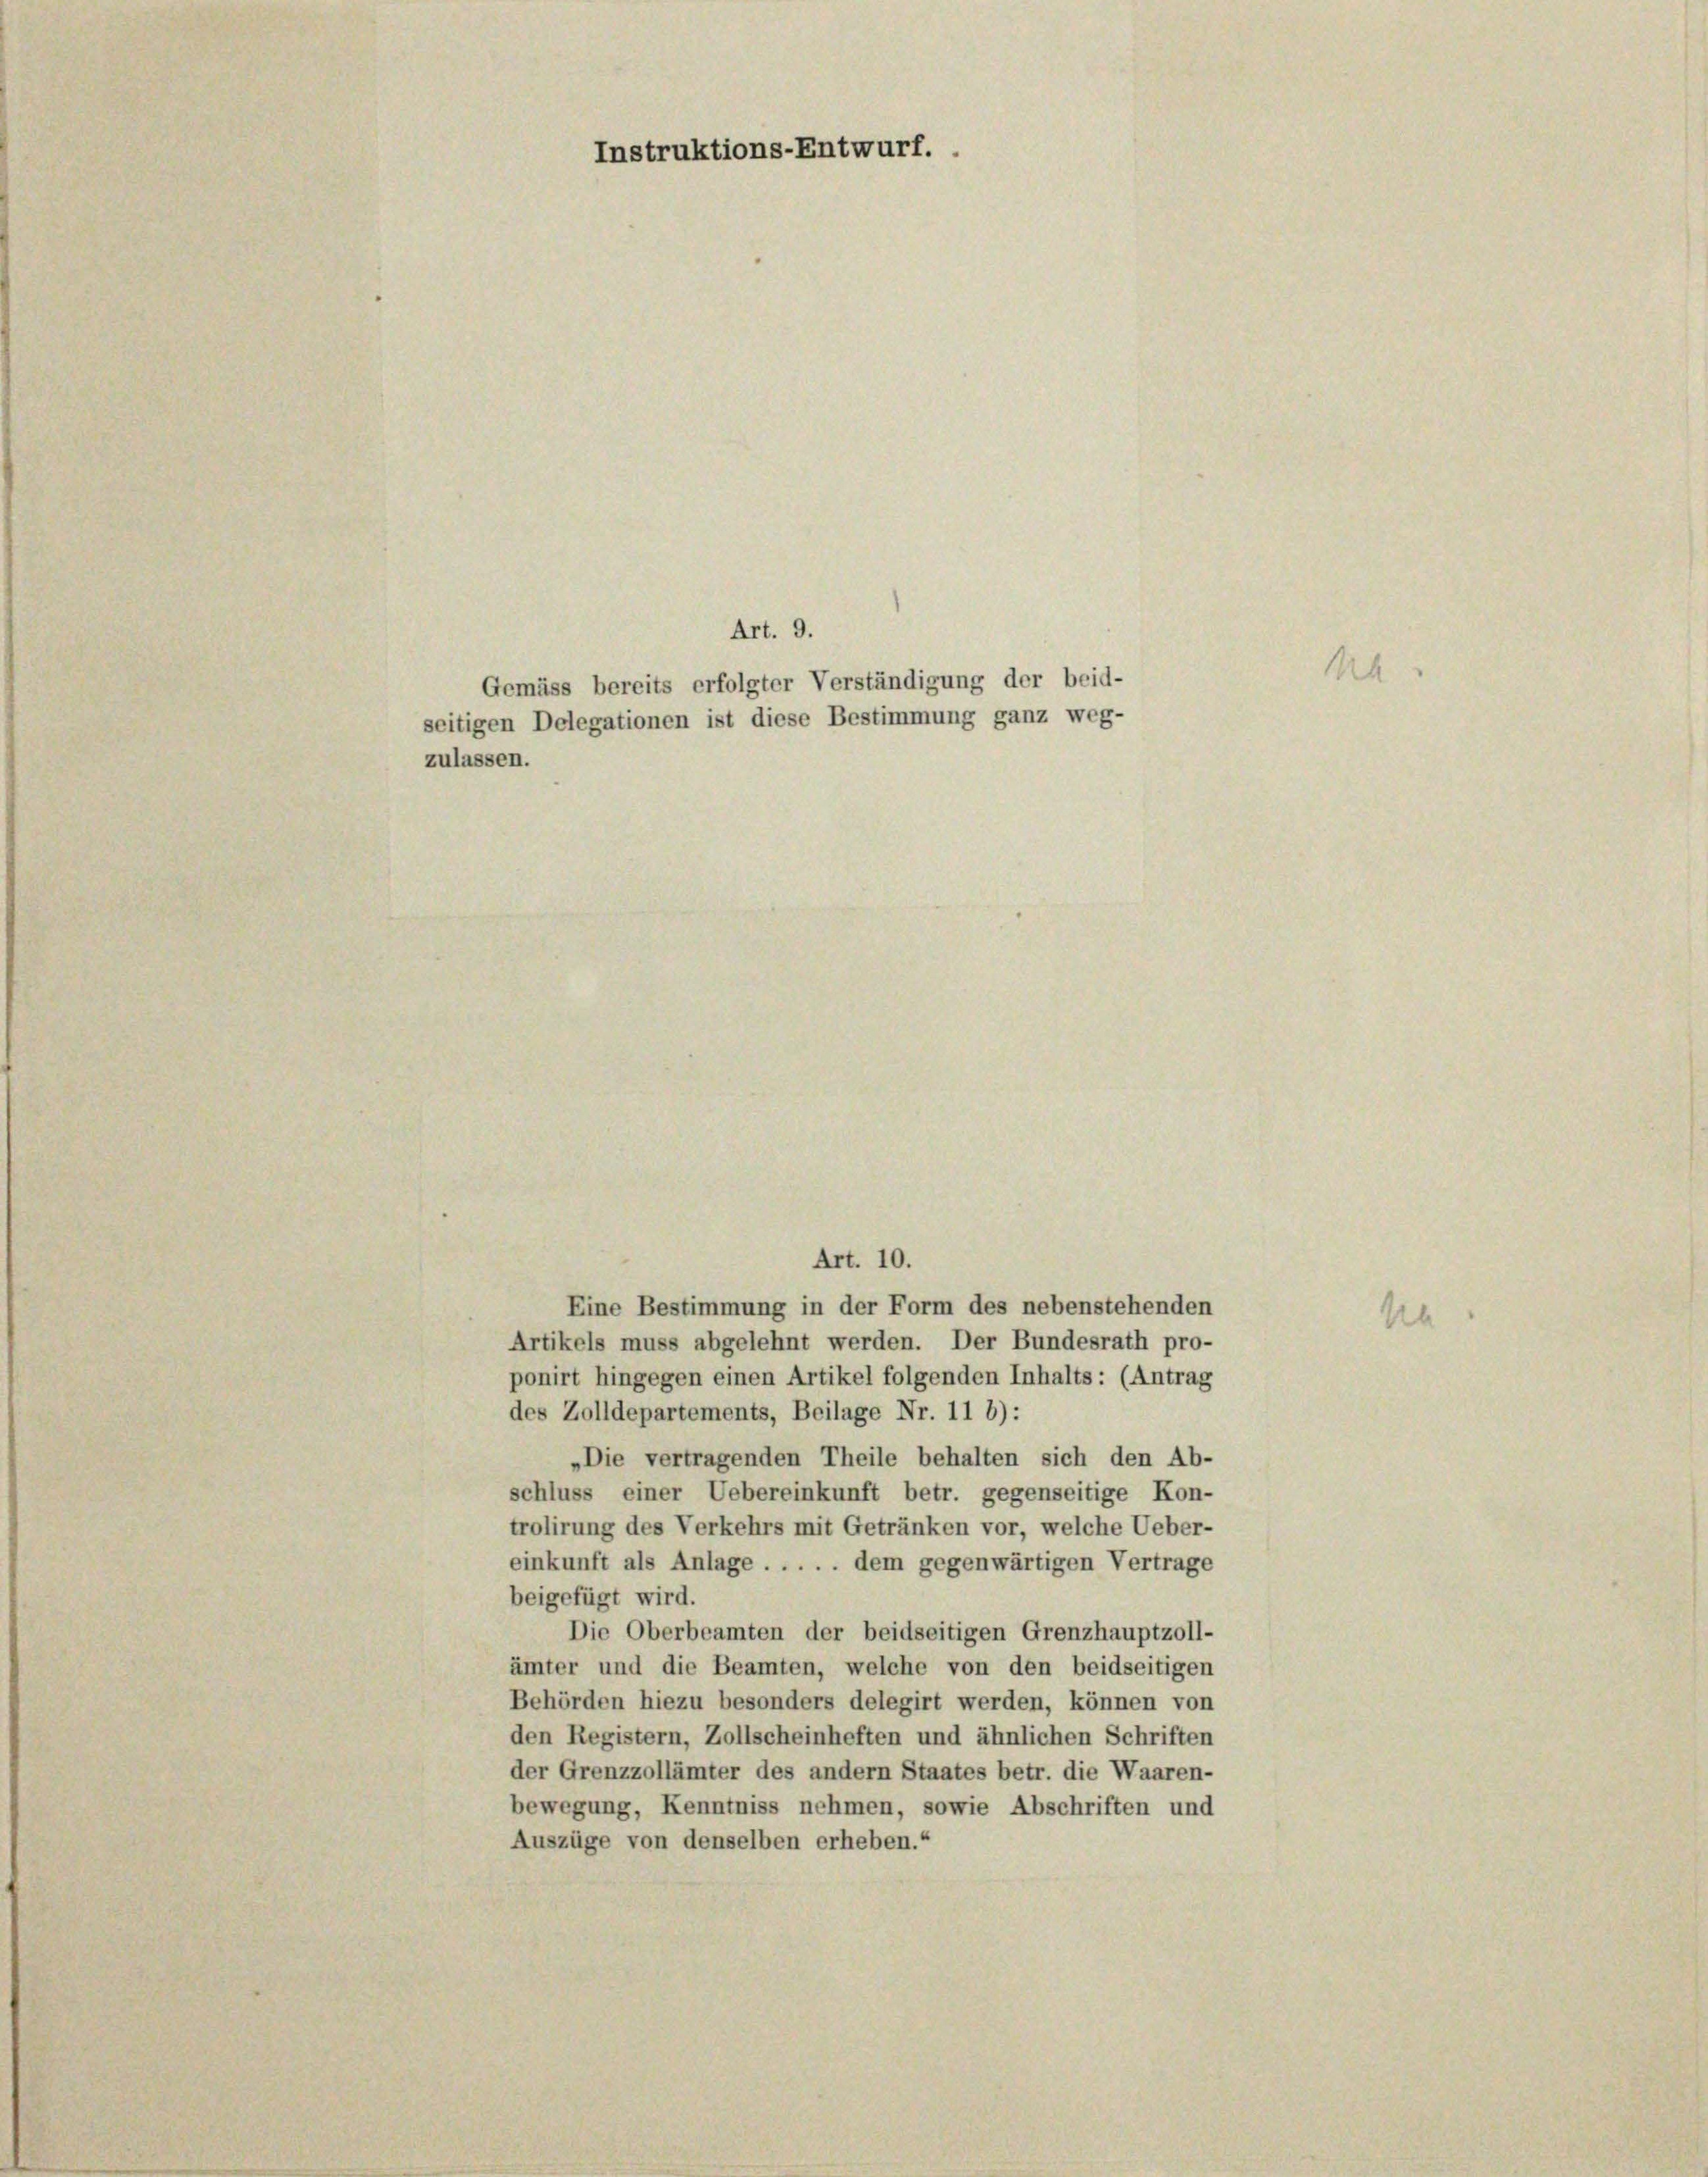
Instruktions-Entwurf.

Art. 9.
seitigen Delegationen ist diese Bestimmung ganz weg-
zulassen.

Gemäss bereits erfolgter Verständigung der beid-

Eine Bestimmung in der Form des nebenstehenden
Artikels muss abgelehnt werden. Der Bundesrath pro-
ponirt hingegen einen Artikel folgenden Inhalts: (Antrag
des Zolldepartements, Beilage Nr. 11 b):
„Die vertragenden Theile behalten sich den Ab-
schluss einer Uebereinkunft betr. gegenseitige Kon-
trolirung des Verkehrs mit Getränken vor, welche Ueber-
einkunft als Anlage . . . . . dem gegenwärtigen Vertrage
beigefügt wird.
Die Oberbeamten der beidseitigen Grenzhauptzoll-
ämter und die Beamten, welche von den beidseitigen
Behörden hiezu besonders delegirt werden, können von
den Registern, Zollscheinheften und ähnlichen Schriften
der Grenzzollämter des andern Staates betr. die Waaren-
bewegung, Kenntniss nehmen, sowie Abschriften und
Auszüge von denselben erheben.“

Art. 10.

A

Un